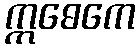
ဣဓေကေ